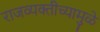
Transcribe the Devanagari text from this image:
राजव्यक्तीच्यामुळे